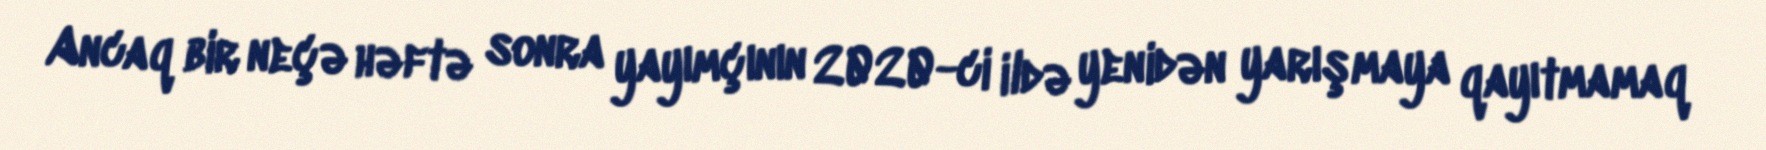
Ancaq bir neçə həftə sonra yayımçının 2020-ci ildə yenidən yarışmaya qayıtmamaq